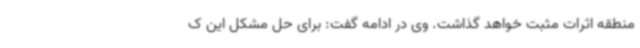
منطقه اثرات مثبت خواهد گذاشت. وی در ادامه گفت: برای حل مشکل این ک